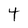
Character: 4